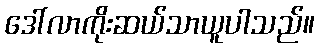
ဒေါ်လာကိုးဆယ်သာယူပါသည်။